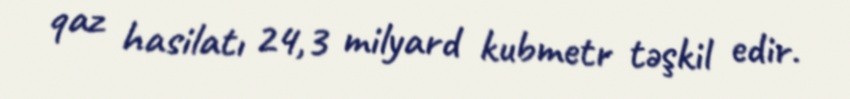
qaz hasilatı 24,3 milyard kubmetr təşkil edir.